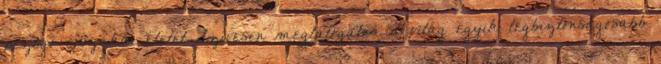
pezsgő éjszakai életét Szívesen meglátogatná a világ egyik legbiztonságosabb